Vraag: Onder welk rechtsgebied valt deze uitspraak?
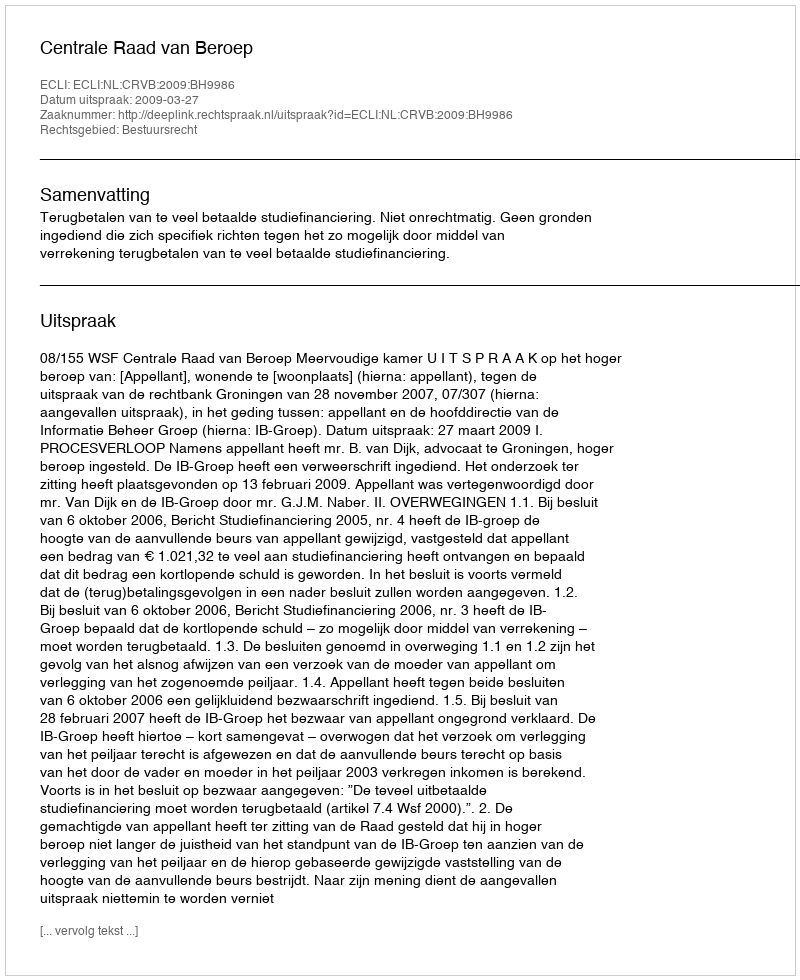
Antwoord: Bestuursrecht